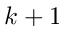
k + 1